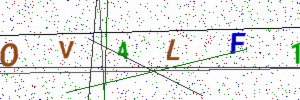
Text: OV4LF1